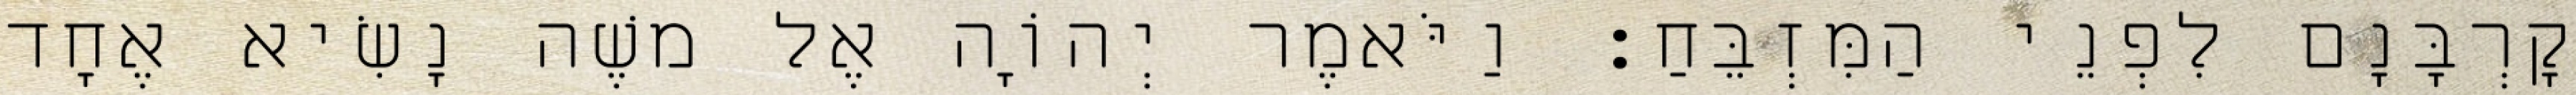
קָרְבָּנָם לִפְנֵי הַמִּזְבֵּחַ׃ וַיֹּאמֶר יְהוָֹה אֶל משֶׁה נָשִׂיא אֶחָד